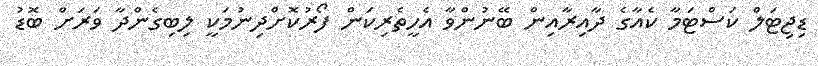
ޑިޖިޓަލް ކަސްޓަމާ ކެއާގެ ދާއިރާއިން ބޭނުންވާ އެހީތެރިކަން ފޯރުކޮށްދިނުމަކީ ލިބިގެންދާ ވަރަށް ބޮޑު